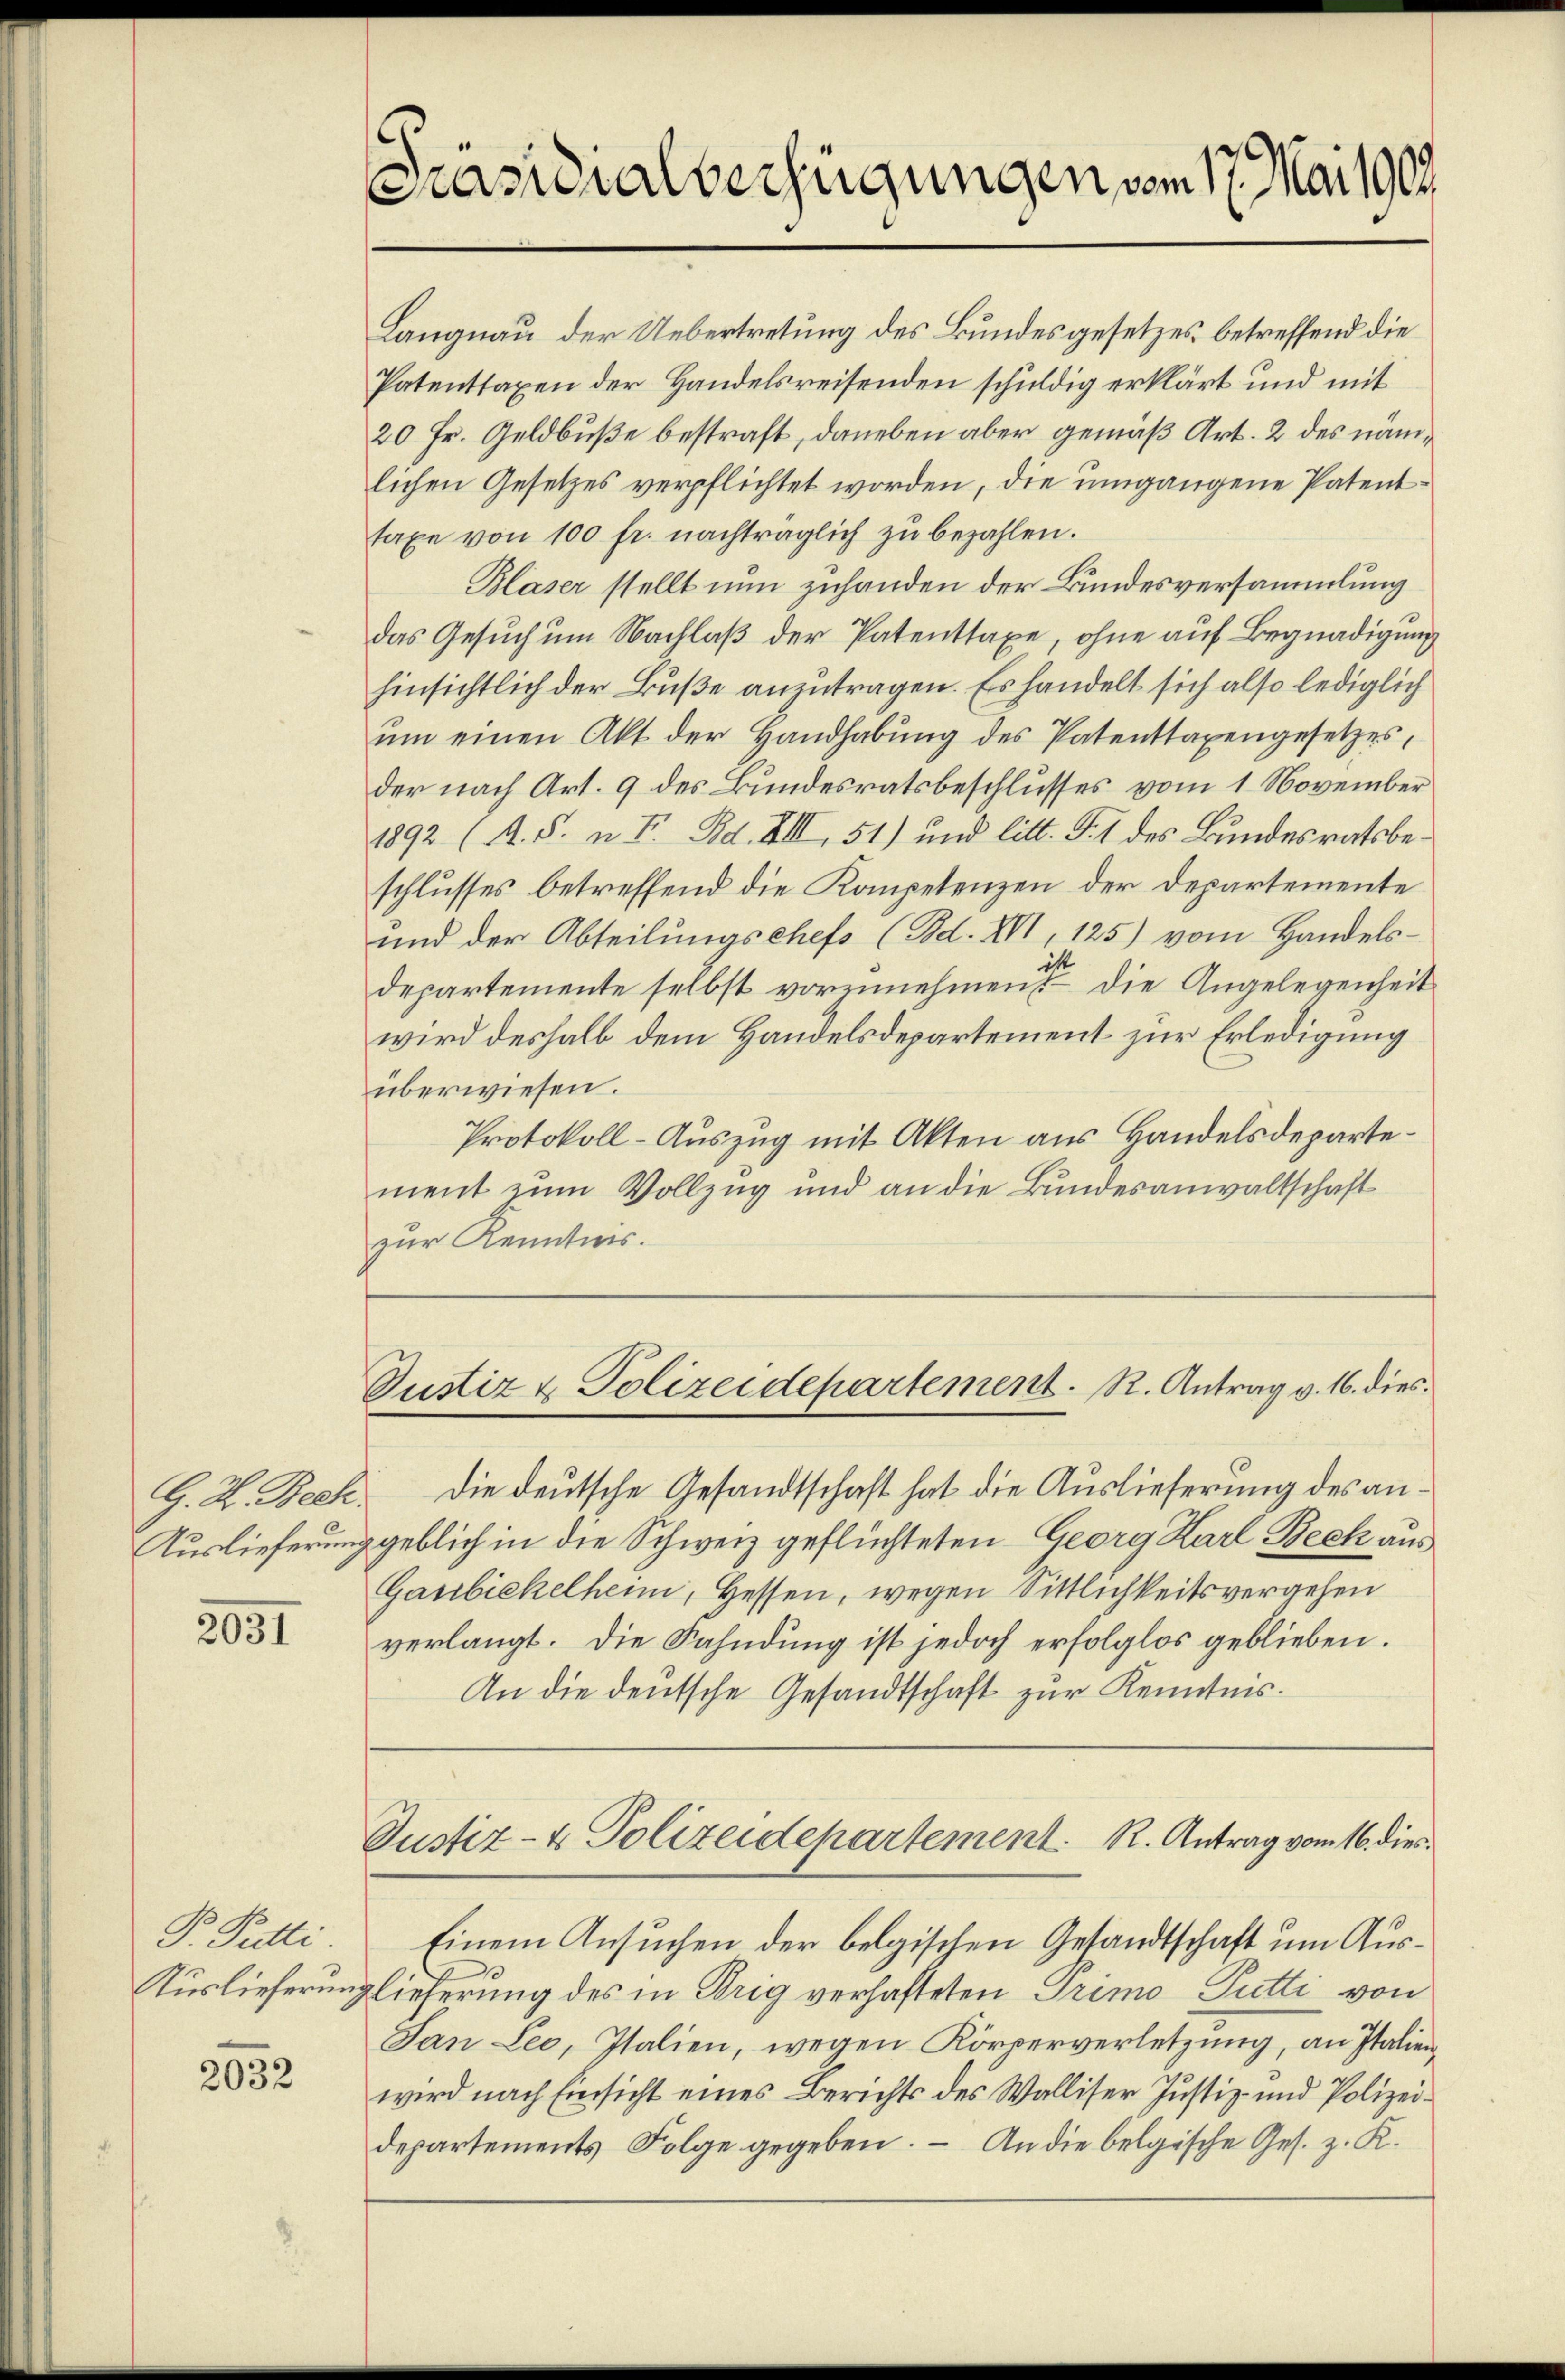
Auslieferung

2031

P. Putti.
Auslieferung

2632

zur Kenntnis.

Präsidialverfügungen vom 17. Mai 1909

Langnau der Uebertretung des Bundesgesetzes betreffend die
Patenttaxen der Handelsreisenden schuldig erklärt und mit
20 Fr. Geldbuße bestraft, daneben aber gemäß Art. 2 des nämlichen Gesetzes verpflichtet worden, die umgangene Patenttaxe von 100 fr. nachträglich zŭ bezahlen.
Blaser stellt nun zuhanden der Bundesversammlung
das Gesŭch um Nachlaβ der Patenttaxe, ohne auf Begnadigung
hinsichtlich der Buße anzutragen. Es handelt sich also lediglich
ŭm einen Akt der Handhabŭng des Patenttaxengesetzes,
der nach Art. 9 des Bundesratsbeschlusses vom 1. November
1892 (A. S. u. F. Bd. XIII, 51) und litt. P. 1 des Bundesratsbeschlusses betreffend die Kompetenzen der Departemente
und der Abteilungschefs (Bd. XVI, 125) vom Handelsist
departemente selbst vorzunehmens die Angelegenheit
wird deshalb dem Handelsdepartement zur Erledigung
überwiesen.
Protokoll-Auszug mit Akten aus Handelsdepartement zum Vollzug und an die Bundesanwaltschaft
Justiz & Polizeidepartement. R. Antrag v. 16. dies
G. L. Beck. Die deutsche Gesandtschaft hat die Auslieferung des angeblich in die Schweiz geflüchteten Georg Karl Beck aus
Ganbiekelheim, Hessen, wegen Sittlichkeitsvergehen
verlangt. Die Fahndung ist jedoch erfolglos geblieben.
An die deutsche Gesandtschaft zur Kenntnis.
Justiz- & Polizeidehartement. K. Antrag vom 16. dies¬
Einem Ansuchen der belgischen Gesandtschaft um Auslieferung des in Drig verhafteten Primo Putti von
Jan Leo, Italien, wegen Körperverletzung, an Italienwird nach Einsicht eines Berichts des Walliser Justiz- und Polizeidepartements Folge gegeben. – An die belgische Ges. z. K.